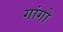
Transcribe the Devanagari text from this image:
गांगो